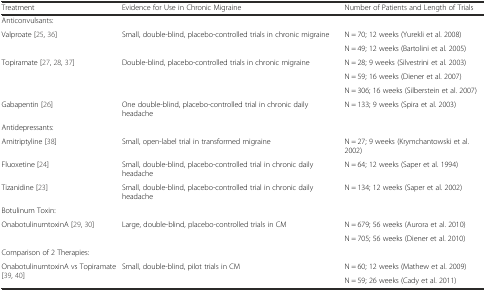
<table><thead><tr><td><b>Treatment</b></td><td><b>Evidence for Use in Chronic Migraine</b></td><td><b>Number of Patients and Length of Trials</b></td></tr></thead><tbody><tr><td>Anticonvulsants:</td><td>[EMPTY_CELL]</td><td>[EMPTY_CELL]</td></tr><tr><td rowspan="2">Valproate [25, 36]</td><td rowspan="2">Small, double-blind, placebo-controlled trials in chronic migraine</td><td>N = 70; 12 weeks (Yurekli et al. 2008)</td></tr><tr><td>N = 49; 12 weeks (Bartolini et al. 2005)</td></tr><tr><td rowspan="3">Topiramate [27, 28, 37]</td><td rowspan="3">Double-blind, placebo-controlled trials in chronic migraine</td><td>N = 28; 9 weeks (Silvestrini et al. 2003)</td></tr><tr><td>N = 59; 16 weeks (Diener et al. 2007)</td></tr><tr><td>N = 306; 16 weeks (Silberstein et al. 2007)</td></tr><tr><td>Gabapentin [26]</td><td>One double-blind, placebo-controlled trial in chronic daily headache</td><td>N = 133; 9 weeks (Spira et al. 2003)</td></tr><tr><td>Antidepressants:</td><td>[EMPTY_CELL]</td><td>[EMPTY_CELL]</td></tr><tr><td>Amitriptyline [38]</td><td>Small, open-label trial in transformed migraine</td><td>N = 27; 9 weeks (Krymchantowski et al. 2002)</td></tr><tr><td>Fluoxetine [24]</td><td>Small, double-blind, placebo-controlled trial in chronic daily headache</td><td>N = 64; 12 weeks (Saper et al. 1994)</td></tr><tr><td>Tizanidine [23]</td><td>Small, double-blind, placebo-controlled trial in chronic daily headache</td><td>N = 134; 12 weeks (Saper et al. 2002)</td></tr><tr><td>Botulinum Toxin:</td><td>[EMPTY_CELL]</td><td>[EMPTY_CELL]</td></tr><tr><td rowspan="2">OnabotulinumtoxinA [29, 30]</td><td rowspan="2">Large, double-blind, placebo-controlled trials in CM</td><td>N = 679; 56 weeks (Aurora et al. 2010)</td></tr><tr><td>N = 705; 56 weeks (Diener et al. 2010)</td></tr><tr><td>Comparison of 2 Therapies:</td><td>[EMPTY_CELL]</td><td>[EMPTY_CELL]</td></tr><tr><td rowspan="2">OnabotulinumtoxinA vs Topiramate [39, 40]</td><td rowspan="2">Small, double-blind, pilot trials in CM</td><td>N = 60; 12 weeks (Mathew et al. 2009)</td></tr><tr><td>N = 59; 26 weeks (Cady et al. 2011)</td></tr></tbody></table>